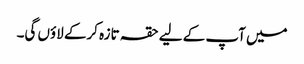
میں آپ کے لیے حقہ تازہ کرکے لاؤں گی۔